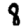
Digit: 8